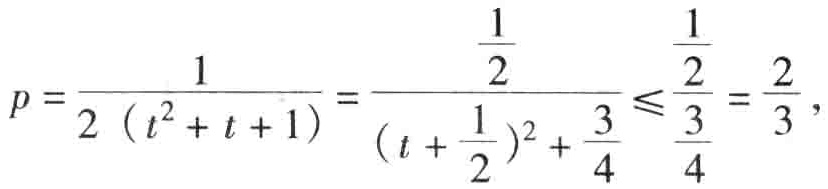
\[
p=\frac{1}{2\left(t^{2}+t + 1\right)}=\frac{\frac{1}{2}}{\left(t+\frac{1}{2}\right)^{2}+\frac{3}{4}}\leqslant\frac{\frac{1}{2}}{\frac{3}{4}}=\frac{2}{3},
\]